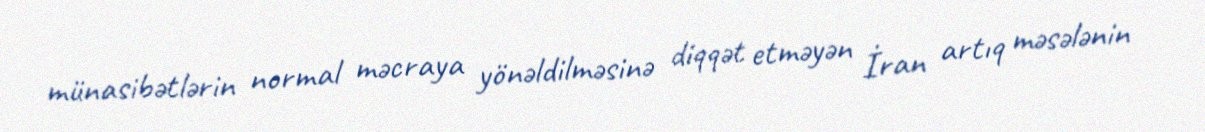
münasibətlərin normal məcraya yönəldilməsinə diqqət etməyən İran artıq məsələnin